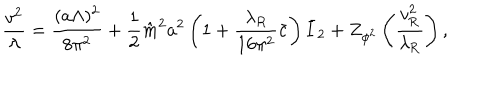
LaTeX: \frac { v ^ { 2 } } { \lambda } = \frac { ( a \Lambda ) ^ { 2 } } { 8 \pi ^ { 2 } } + \frac { 1 } { 2 } \hat { m } ^ { 2 } a ^ { 2 } \left( 1 + \frac { \lambda _ { R } } { 1 6 \pi ^ { 2 } } \bar { c } \right) \bar { I } _ { 2 } + Z _ { \phi ^ { 2 } } \left( \frac { v _ { \mathrm { R } } ^ { 2 } } { \lambda _ { \mathrm { R } } } \right) ,